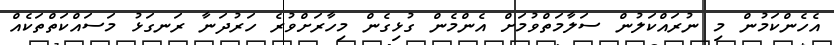
އެހެންކަމުން މި ނުރައްކަލުން ސަލާމަތްވުމަށް އެންމެން ގުޅިގެން މިހާރަށްވުރެ ހަރުދަނާ ރަނގަޅު މަސައްކަތްތަކެއް